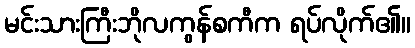
မင်းသားကြီးဘိုလကွန်စကီက ရပ်လိုက်၏။